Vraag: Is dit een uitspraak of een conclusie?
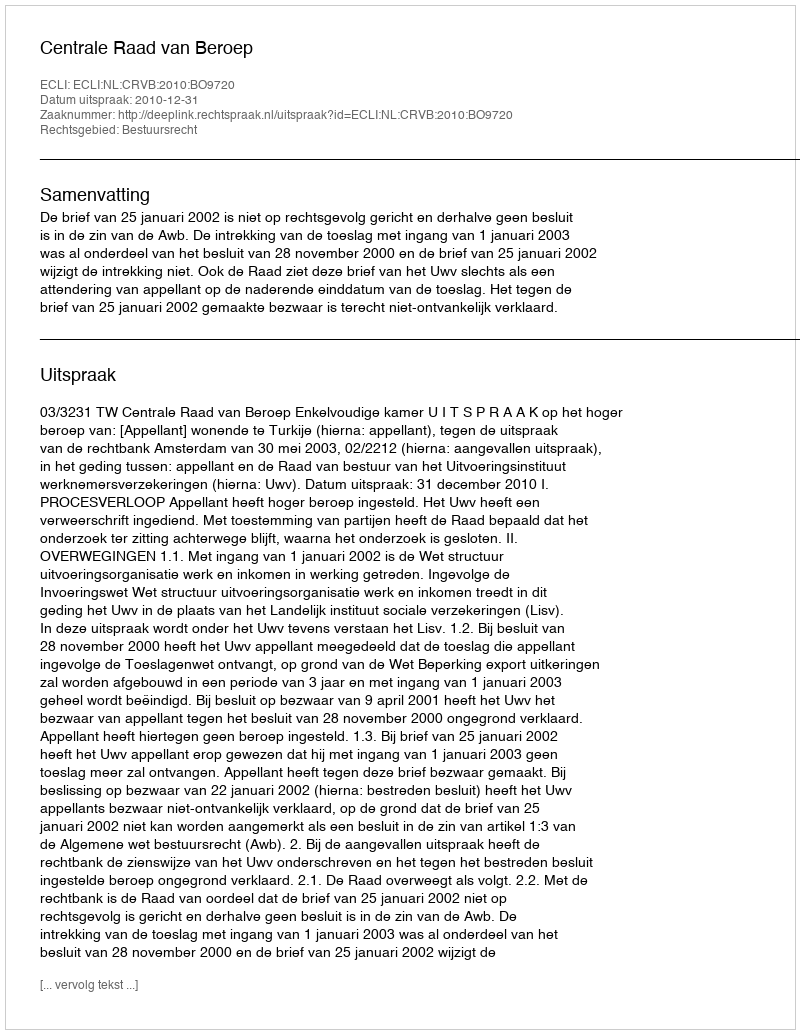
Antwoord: Uitspraak